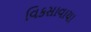
વિકસાવાયા